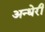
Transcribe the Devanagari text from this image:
अन्धेरी